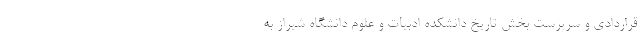
قراردادی و سرپرست بخش تاریخ دانشکده ادبیات و علوم دانشگاه شیراز به